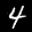
Label: 4